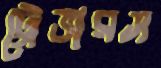
ট্রেভারস